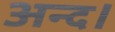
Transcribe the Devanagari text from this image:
अन्द।